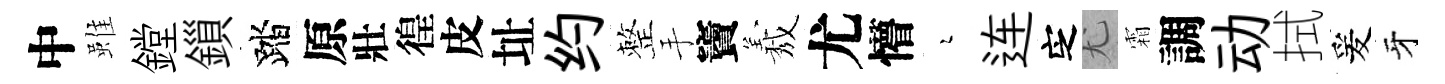
中雖鏜鎻踏原壯徨皮址约整手竇𦏁尤懵瑟连㝎尤霜調动拭爰牙